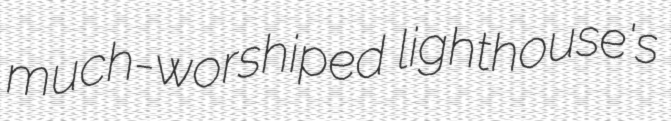
much-worshiped lighthouse's